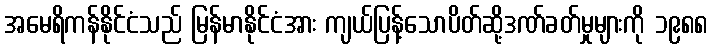
အမေရိကန်နိုင်ငံသည် မြန်မာနိုင်ငံအား ကျယ်ပြန့်သောပိတ်ဆို့ဒဏ်ခတ်မှုများကို ၁၉၈၈